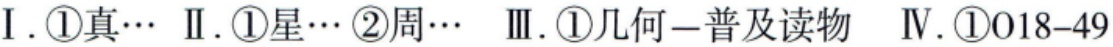
I. \textcircled{1}真\cdots  II. \textcircled{1}星\cdots  \textcircled{2}周\cdots  III. \textcircled{1}几何--普及读物  IV. \textcircled{1}018 - 49